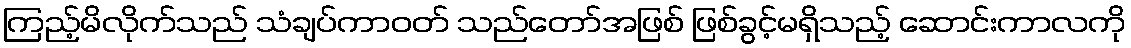
ကြည့်မိလိုက်သည် သံချပ်ကာဝတ် သည်တော်အဖြစ် ဖြစ်ခွင့်မရှိသည့် ဆောင်းကာလကို